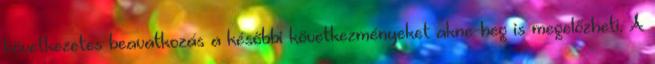
következetes beavatkozás a későbbi következményeket akne-heg is megelőzheti. A